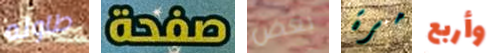
طاوله صفحة بعض مرة وأربع